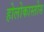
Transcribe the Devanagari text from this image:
होलोकास्तोस